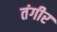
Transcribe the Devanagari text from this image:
तंगीर